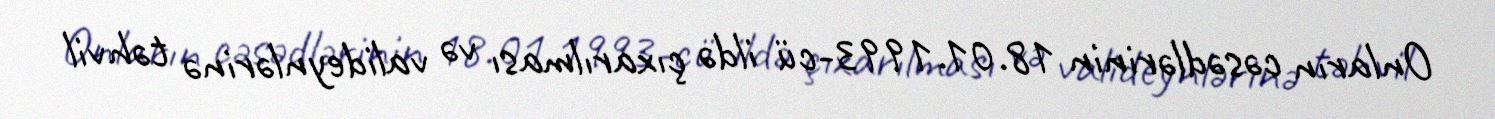
Onların cəsədlərinin 18.01.1993-cü ildə çıxarılması və valideynlərinə təhvil